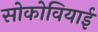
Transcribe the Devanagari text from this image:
सोकोवियाई